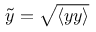
\tilde { y } = \sqrt { \langle { y y } \rangle }